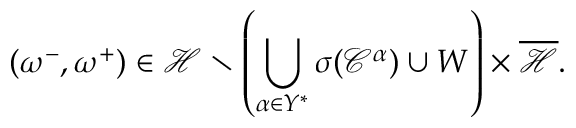
( \omega ^ { - } , \omega ^ { + } ) \in \mathcal { H } \setminus \left( \bigcup _ { \alpha \in Y ^ { * } } \sigma ( \mathcal { C } ^ { \alpha } ) \cup W \right) \times \overline { { \mathcal { H } } } .